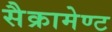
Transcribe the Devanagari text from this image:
सैक्रामेण्ट